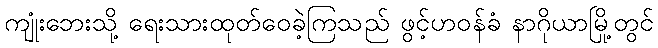
ကျုံးဘေးသို့ ရေးသားထုတ်ဝေခဲ့ကြသည် ဖွင့်ဟဝန်ခံ နာဂိုယာမြို့တွင်